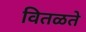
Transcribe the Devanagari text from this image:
वितळते